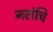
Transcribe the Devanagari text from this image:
नलंचि